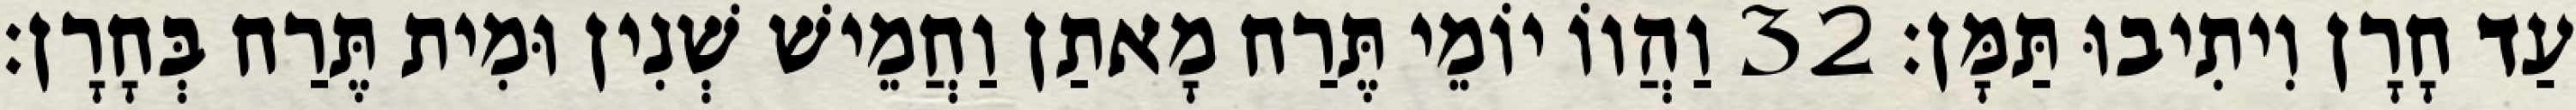
עַד חָרָן וִיתִיבוּ תַּמָּן׃ 32 וַהֲווֹ יוֹמֵי תֶּרַח מָאתַן וַחֲמֵישׁ שְׁנִין וּמִית תֶּרַח בְּחָרָן׃